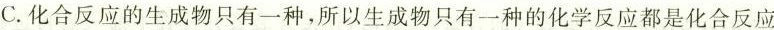
C.化合反应的生成物只有一种，所以生成物只有一种的化学反应都是化合反应